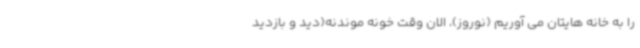
را به خانه هایتان می آوریم (نوروز)، الان وقت خونه موندنه(دید و بازدید